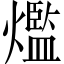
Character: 爁